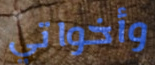
وأخواتي